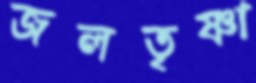
জলতৃষ্ণা